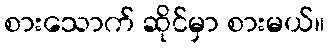
စားသောက် ဆိုင်မှာ စားမယ်။